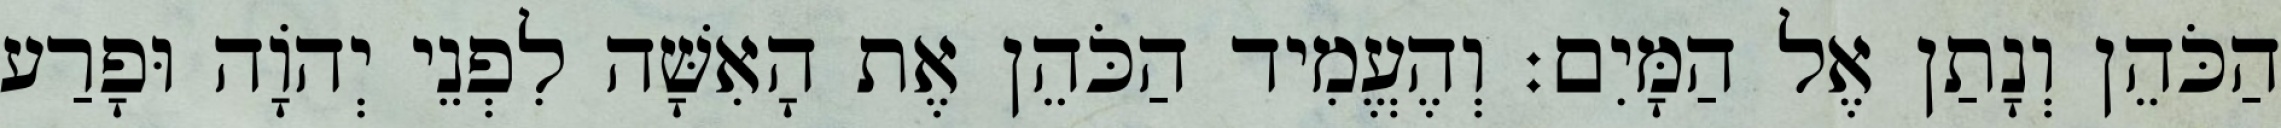
הַכֹּהֵן וְנָתַן אֶל הַמָּיִם׃ וְהֶעֱמִיד הַכֹּהֵן אֶת הָאִשָּׁה לִפְנֵי יְהוָֹה וּפָרַע